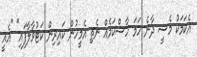
އެކަމަކު މެސީ ދާނެ ހަމަ ހާސްކަމެއް ނެތި އެމީހުން ކައިރިން ކަޓުވާލާފައި" "އެއީ